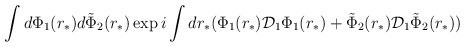
\begin{align*}\int d \Phi_1(r_*) d \tilde \Phi_2 (r_*) \exp {i\int dr_* (\Phi_1 (r_*) {\cal D}_{1} \Phi_1 (r_*) + \tilde \Phi_2(r_*){\cal D}_{1}\tilde \Phi_2 (r_*) )}\end{align*}